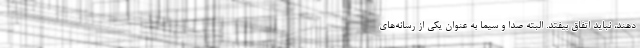
دهند، نباید اتفاق بیفتد. البته صدا و سیما به عنوان یکی از رسانه‌های